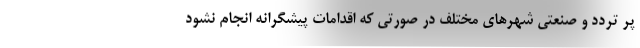
پر تردد و صنعتی شهرهای مختلف در صورتی که اقدامات پیشگرانه انجام نشود